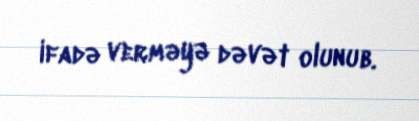
ifadə verməyə dəvət olunub.